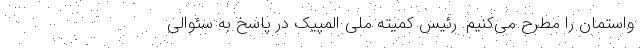
واستمان را مطرح می‌کنیم. رئیس کمیته ملی المپیک در پاسخ به سئوالی